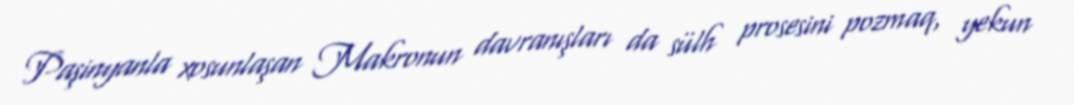
Paşinyanla xosunlaşan Makronun davranışları da sülh prosesini pozmaq, yekun